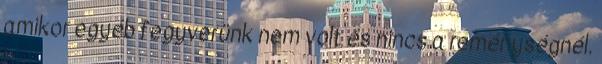
amikor egyéb fegyverünk nem volt és nincs a reménységnél.